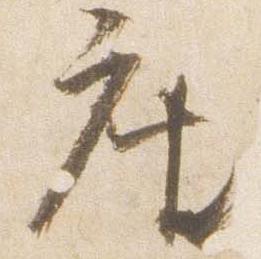
座